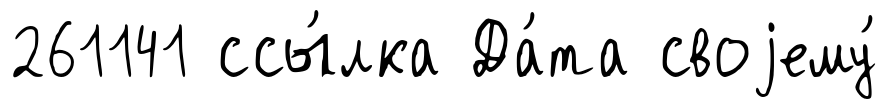
261141 ссы́лка Да́та своjему́